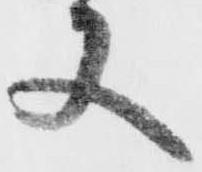
又